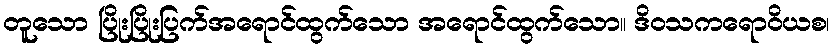
တူသော ပြိုးပြိုးပြက်အရောင်ထွက်သော အရောင်ထွက်သော။ ဒိဝသကရောဝိယစ၊